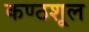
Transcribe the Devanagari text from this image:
कण्ठशूल